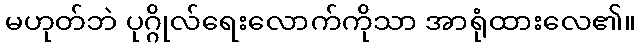
မဟုတ်ဘဲ ပုဂ္ဂိုလ်ရေးလောက်ကိုသာ အာရုံထားလေ၏။